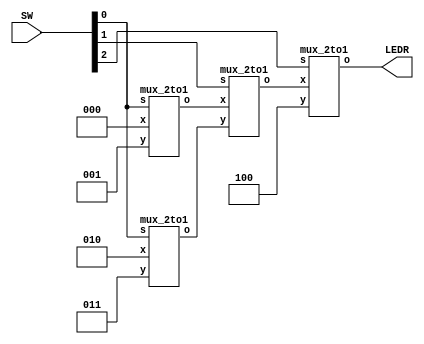
module lab2_2 (
    SW, LEDR
);
    input [2:0] SW;
    output [2:0] LEDR;

    wire [2:0] u, v, w, x, y;
    assign u = 3'b000;
    assign v = 3'b001;
    assign w = 3'b010;
    assign x = 3'b011;
    assign y = 3'b100;

    wire [2:0] o0, o1, o2;

    mux_2to1 m0(u, v, SW[0], o0);
    mux_2to1 m1(w, x, SW[0], o1);
    mux_2to1 m2(o0, o1, SW[1], o2);
    mux_2to1 m3(o2, y, SW[2], LEDR);
endmodule

module mux_2to1 (
    x, y, s, o
);
    input [2:0] x, y;
    input s;
    output [2:0] o;

    assign o = ({3{~s}} & x) | ({3{s}} & y);
endmodule